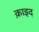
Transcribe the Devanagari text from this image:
क़ाइद